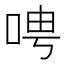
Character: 𫪆